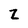
Character: Z